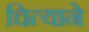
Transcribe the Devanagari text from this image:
चित्याने